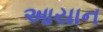
આયાન